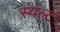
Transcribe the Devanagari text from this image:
स्यल्ट